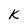
Character: k